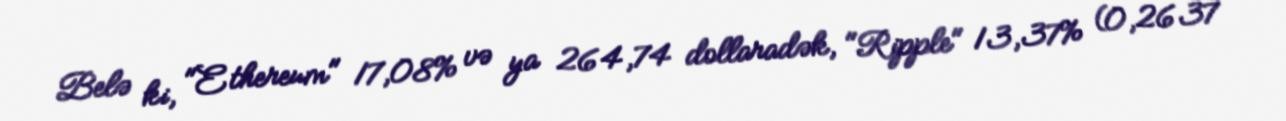
Belə ki, "Ethereum" 17,08% və ya 264,74 dollaradək, "Ripple" 13,37% (0,2637